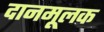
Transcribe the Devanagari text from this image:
दानमूलक